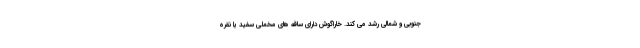
جنوبی و شمالی رشد می کند. خاراگوش دارای ساقه های مخملی سفید یا نقره